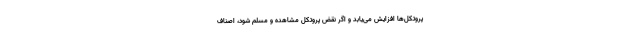
پروتکل‌ها افزایش می‌یابد و اگر نقض پروتکل مشاهده و مسلم‌ شود، اصناف